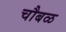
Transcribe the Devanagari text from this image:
चौबळ